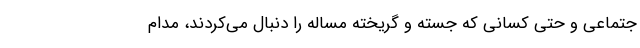
جتماعی و حتی کسانی که جسته و گریخته مساله را دنبال می‌کردند، مدام